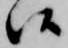
候